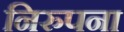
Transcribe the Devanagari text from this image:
निरुपना